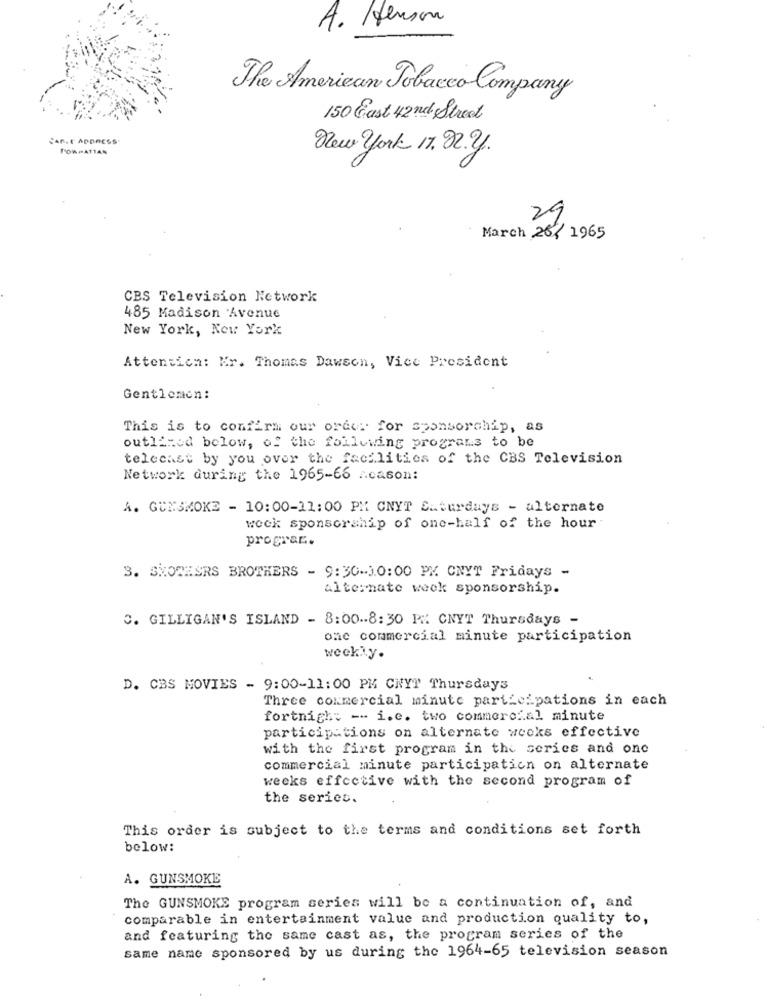
A. Henson
The American Tobacco Company
150 East 42nd Street
SAr. r ADDRESS
PORPATTAN
New york 17.92.2.
29
March 26/ 1965
CBS Television Network
485 Madison Avenue
New York, New York
Attention: Mr. Thomas Dawson, Vice President
Gentlemen:
This is to confirm our order for sponsorship, as
outlined below, of the following programs to be
telecast by you over the facilities of the CBS Television
Network during the 1965-66 Acasom:
A. GUNSMOKE - 10:00-11:00 PM CNYT Saturdays - alternate
week sponsorship of one-half of the hour
prograr.
3. SMOTESRS BROTHERS - 9:30.1.0:00 PM CNYT Fridays -
alternate week sponsorship.
C. GILLIGAN'S ISLAND - 8:00.8:30 PM CNYT Thursdays -
one commercial minute participation
weekly.
D. CBS MOVIES - 9:00-11:00 PM CNYT Thursdays
Three commercial minute participations in each
fortnigh: -- i.e. two commercial minute
participations on alternate weeks effective
with the first program in the series and one
commercial minute participation on alternate
weeks effective with the second program of
the series.
This order is subject to the terms and conditions set forth
below:
A. GUNSMOKE
The GUNSMOKE program series will be a continuation of, and
comparable in entertainment value and production quality to,
and featuring the same cast as, the program series of the
same name sponsored by us during the 1964-65 television season